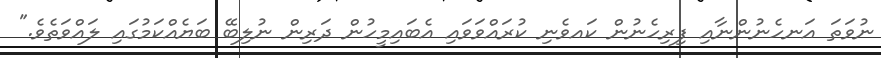
ނުވަތަ އަނހެނުންނާއި ފިރިހެނުން ކައވެނި ކުރައްވަވައި އެބައިމީހުން ދަރިން ނުލިބޭ ބަޔެއްކަމުގައި ލައްވަތެވެ."